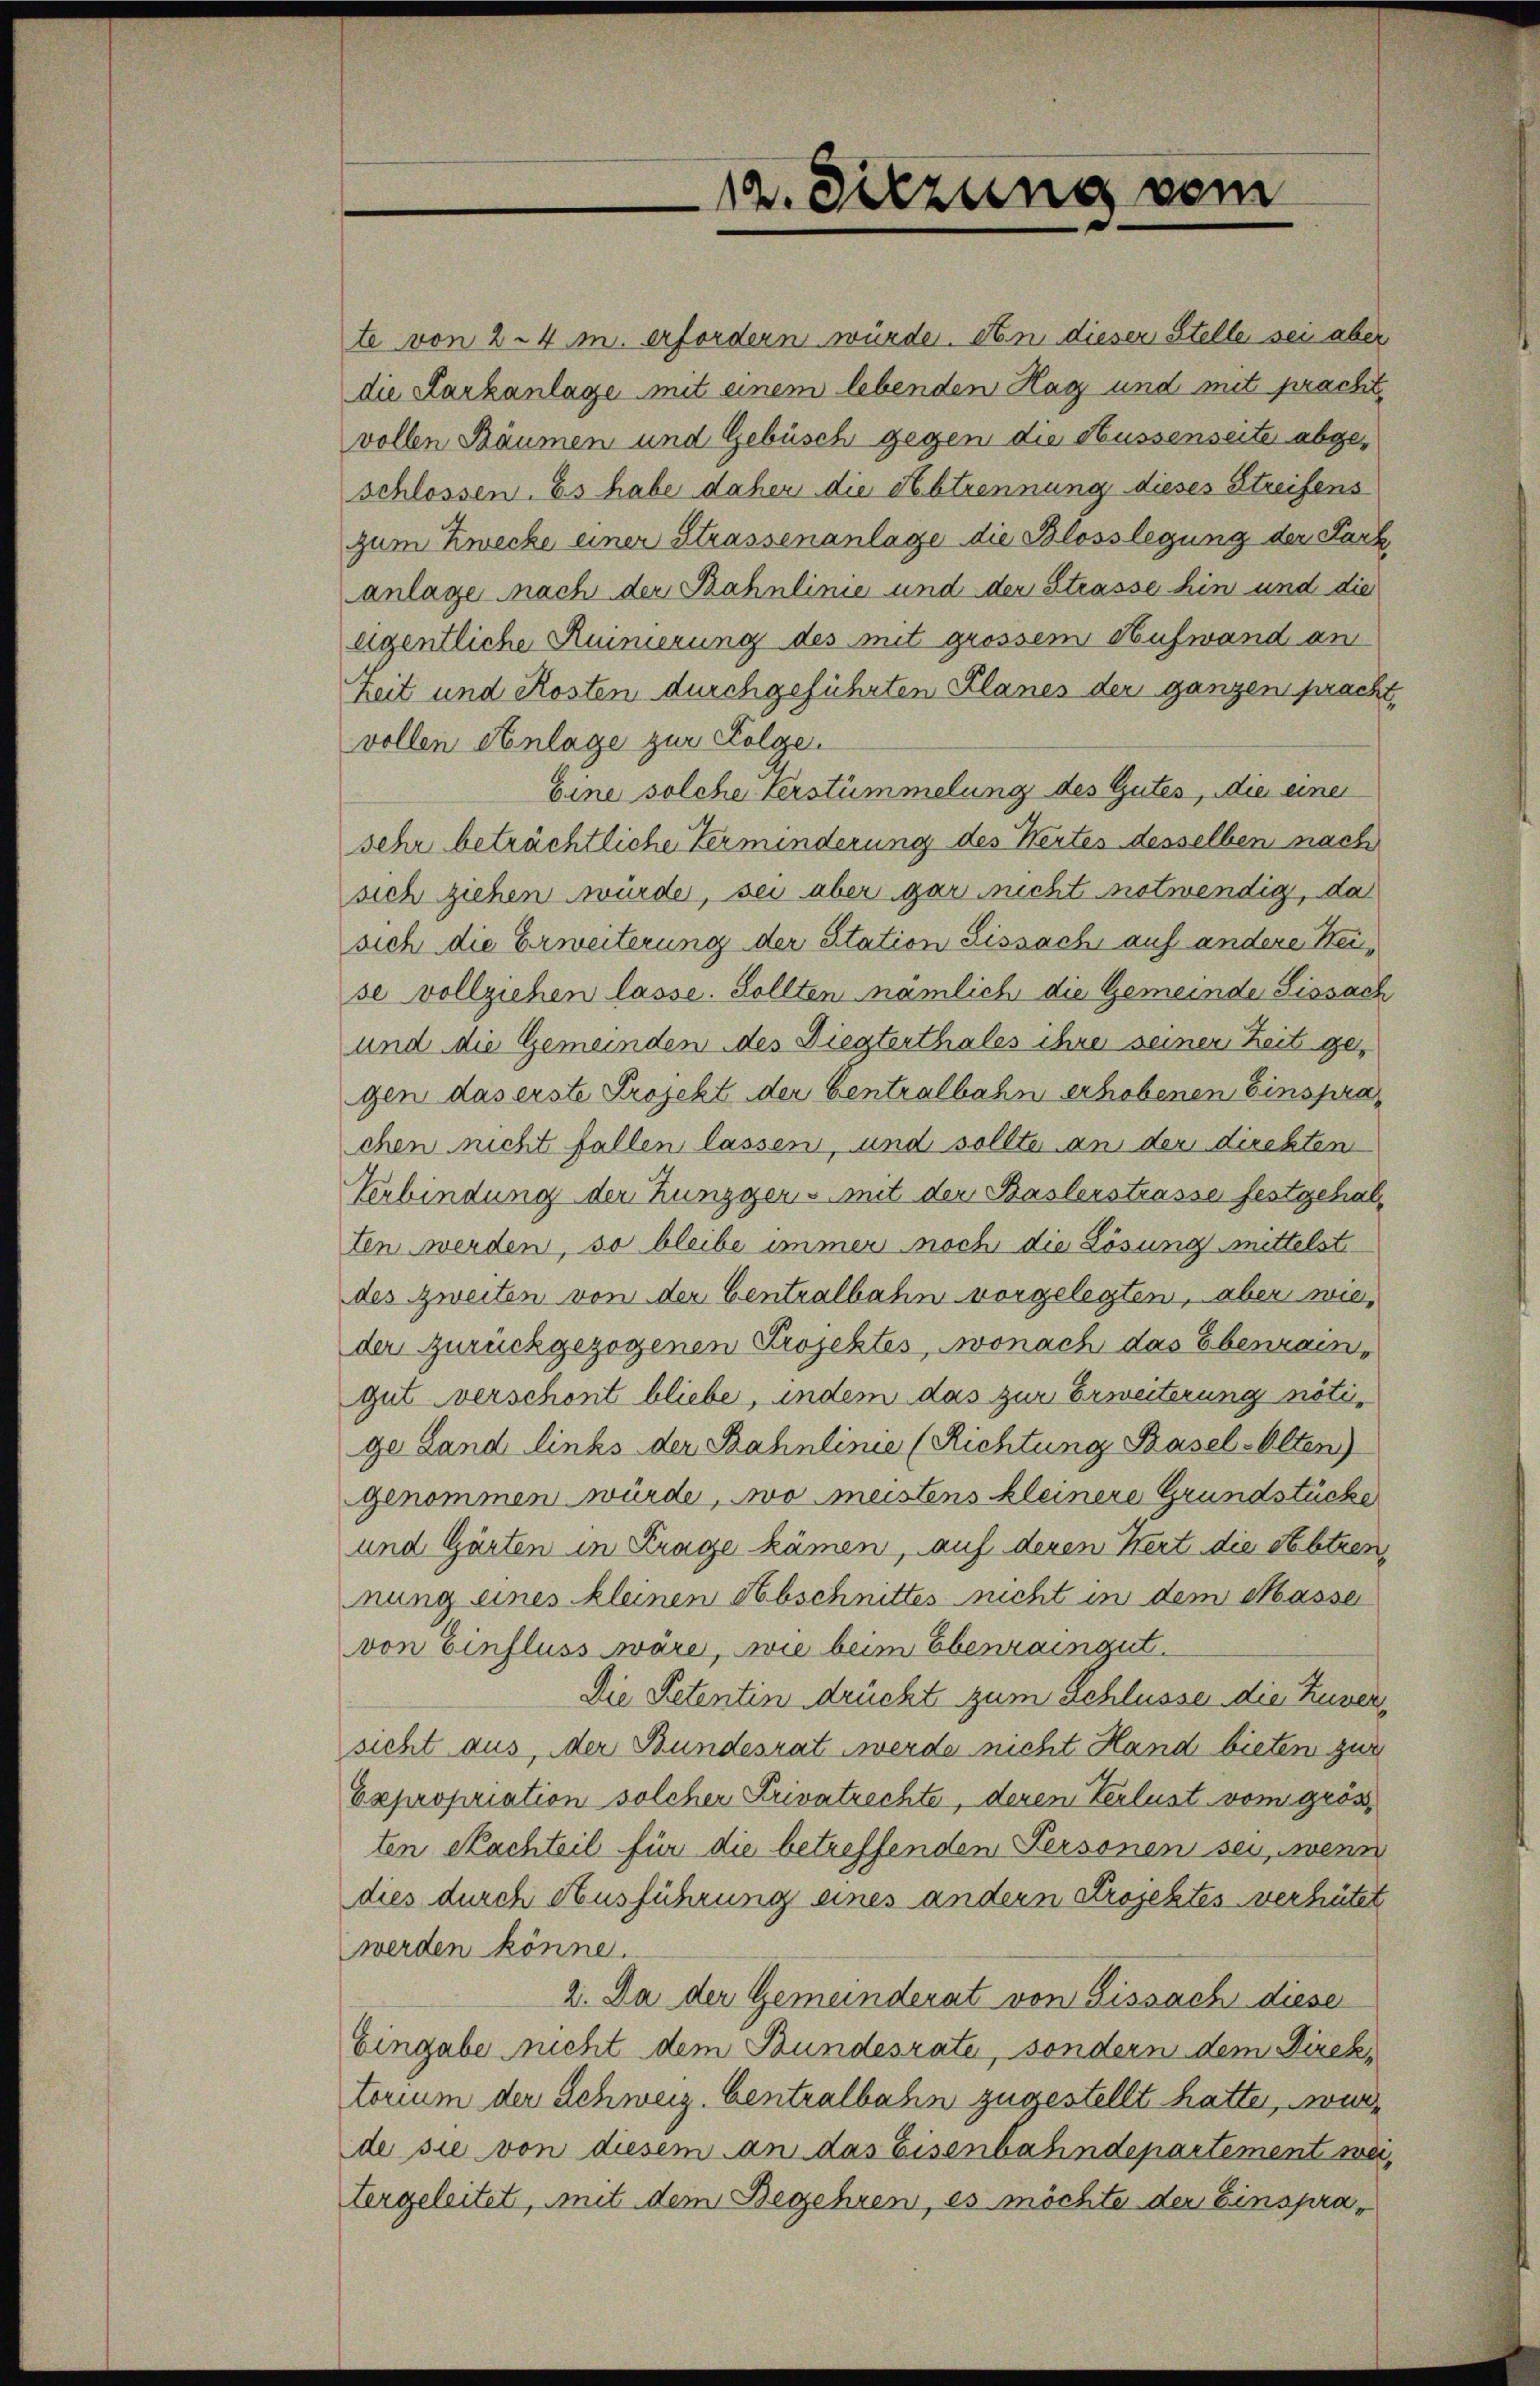
te von 24. m. erfordern würde. An dieser Stelle sei aber
die Sarkanlage mit einem lebenden Hag und mit pracht,
vollen Räumen und Gebüsch gegen die Küssenseite abgeschlossen. Es habe daher die Abtrennung dieses Streifens
zum Zwecke einer Strassenanlage die Blosslegung der Sack,
anlage nach der Bahnlinie und der Strasse hin und die
eigentliche Ruinierung des mit grossem Aufwand an
Zeit und Kosten durchgeführten Planes der ganzen pracht,
vollen Anlage zur Folge.
Eine solche Verstümmelung des Gutes, die einer
sehr beträchtliche Verminderung des Wertes desselben nach
sich ziehen würde, sei aber gar nicht notwendig, da
sich die Erweiterung der Station Fissach auf andere Heise vollziehen lasse. Sollten nämlich die Gemeinde Sissach
und die Gemeinden des Diegterthales ihre seiner Zeit gegen das erste Projekt der Centralbahn erhobenen Einsprachen nicht fallen lassen, und sollte an der direkten
Verbindung der Zungger - mit der Baslerstrasse festgehalten werden, so bleibe immer noch die Lösung mittelst
des zweiten von der Centralbahn vorgelegten, aber wieder zurückgezogenen Projektes, wonach das Ebenrain,
gut verschont bliebe, indem das zur Erweiterung nötige Land links der Bahnlinie (Richtung Basel-Olten)
genommen würde, wo meistens kleinere Grundstücke
und Gärten in Frage kämen, auf deren Wert die Seltzen,
nung eines kleinen Abschnittes nicht in dem Masse
von Einfluss wäre, wie beim Ebenraingut.
Die Petentin drückt zum Schlüsse die Zuversicht aus, der Bundesrat werde nicht Hand bieten zur
Expropriation solcher Privatrechte, deren Verlust vom grös
ten erachteil für die betreffenden Personen sei, wenn
dies durch Ausführung eines andern Projektes verhütet
werden könne.
2. Da der Gemeinderat von Fissach diese
Eingabe nicht dem Bundesrate, sondern dem Direktorium der Schweiz. Centralbahn zugestellt hatte, wurde sie von diesem an das Eisenbahndepartement weitergeleitet, mit dem Begehren, es möchte der Einspra¬

12. Sitzung vom